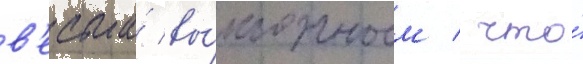
в'есьма́ вы́годным / что́